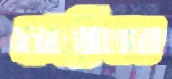
ঝরিভঃ